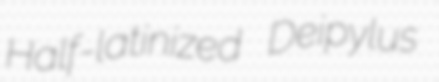
Half-latinized Deipylus